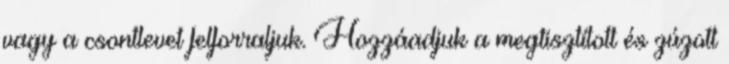
vagy a csontlevet felforraljuk. Hozzáadjuk a megtisztított és zúzott